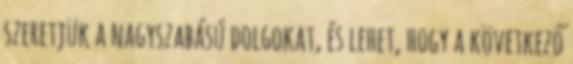
szeretjük a nagyszabású dolgokat, és lehet, hogy a következő